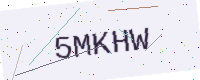
Text: 5MKHW